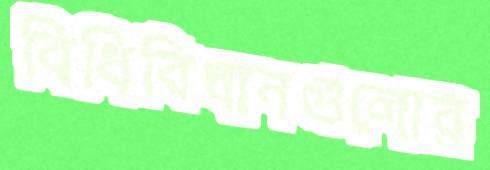
বিধিবিধানগুলোর